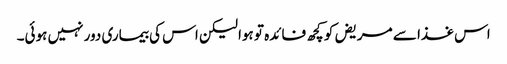
اس غذا سے مریض کو کچھ فائدہ تو ہوا لیکن اس کی بیماری دور نہیں ہوئی۔